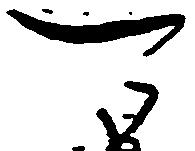
可